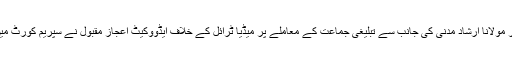
جمعیت علماء ا ہند کے صدر مولانا ارشاد مدنی کی جانب سے تبلیغی جماعت کے معاملے پر میڈیا ٹرائل کے خلاف ایڈووکیٹ اعجاز مقبول نے سپریم کورٹ میں یہ درخواست دائر کی ہے۔